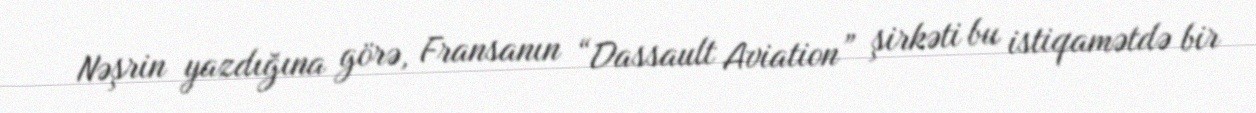
Nəşrin yazdığına görə, Fransanın “Dassault Aviation” şirkəti bu istiqamətdə bir